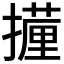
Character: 𭢧